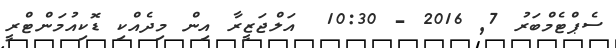
ސެޕްޓެމްބަރު 7